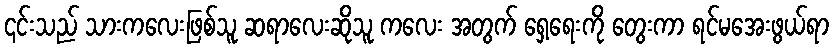
၎င်းသည် သားကလေးဖြစ်သူ ဆရာလေးဆိုသူ ကလေး အတွက် ရှေ့ရေးကို တွေးကာ ရင်မအေးဖွယ်ရာ